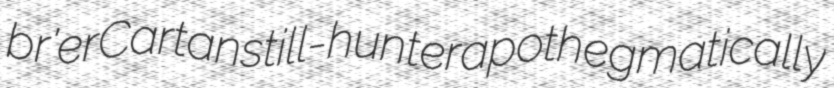
br'er Cartan still-hunter apothegmatically